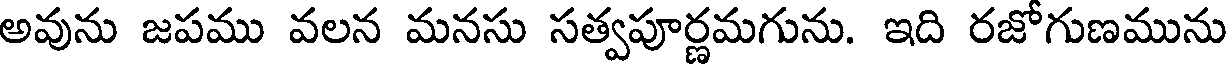
అవును జపము వలన మనసు సత్వపూర్ణమగును. ఇది రజోగుణమును